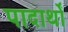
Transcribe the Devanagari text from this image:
पादार्थों